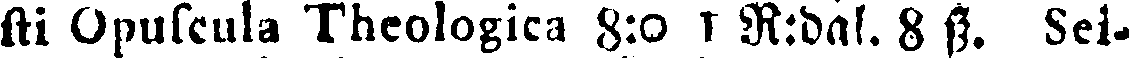
sti Opuscula Theologica 8:0 7 R:dal. 8 ss. Sei-